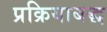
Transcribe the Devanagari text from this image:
प्रक्रियाबद्ध